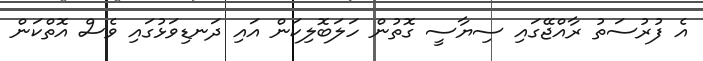
އެ ފުރުސަތު ރާއްޖޭގައި ސިޔާސީ ގޮތުން ހަލަބޮލިކަން އައި ދަނޑިވަޅުގައި ވެސް އޮތްކަން